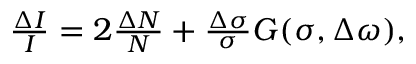
\begin{array} { r } { \frac { \Delta I } { I } = 2 \frac { \Delta N } { N } + \frac { \Delta \sigma } { \sigma } G ( \sigma , \Delta \omega ) , } \end{array}